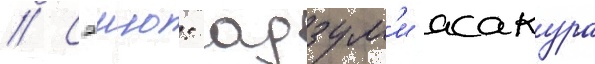
// Сэию: адзум'и асакура